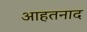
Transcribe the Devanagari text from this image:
आहतनाद